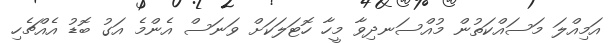
އަމިއްލަ މަސައްކަތުން މުއްސަނދިވާ މީހާ ހޮޓަލަކަށް ވަނަސް އެންމެ އަގު ބޮޑު އެއްޗެހި